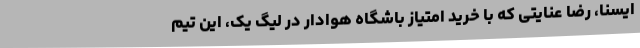
ایسنا، رضا عنایتی که با خرید امتیاز باشگاه هوادار در لیگ یک، این تیم